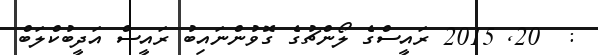
:  20